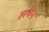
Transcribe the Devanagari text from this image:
लयन